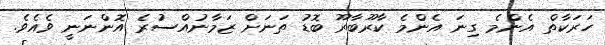
ހަރަކާތް އެންމެ ގިނަ އެންމެ ކާރޫބާރޫ ބޮޑު ތަނަށް ޒަމާނުއްސުރެ އޮންނަނީ ވެއެވެ.